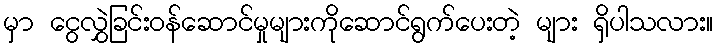
မှာ ငွေလွှဲခြင်းဝန်ဆောင်မှုများကိုဆောင်ရွက်ပေးတဲ့ များ ရှိပါသလား။